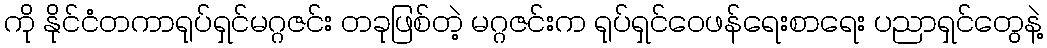
ကို နိုင်ငံတကာရုပ်ရှင်မဂ္ဂဇင်း တခုဖြစ်တဲ့ မဂ္ဂဇင်းက ရုပ်ရှင်ဝေဖန်ရေးစာရေး ပညာရှင်တွေနဲ့